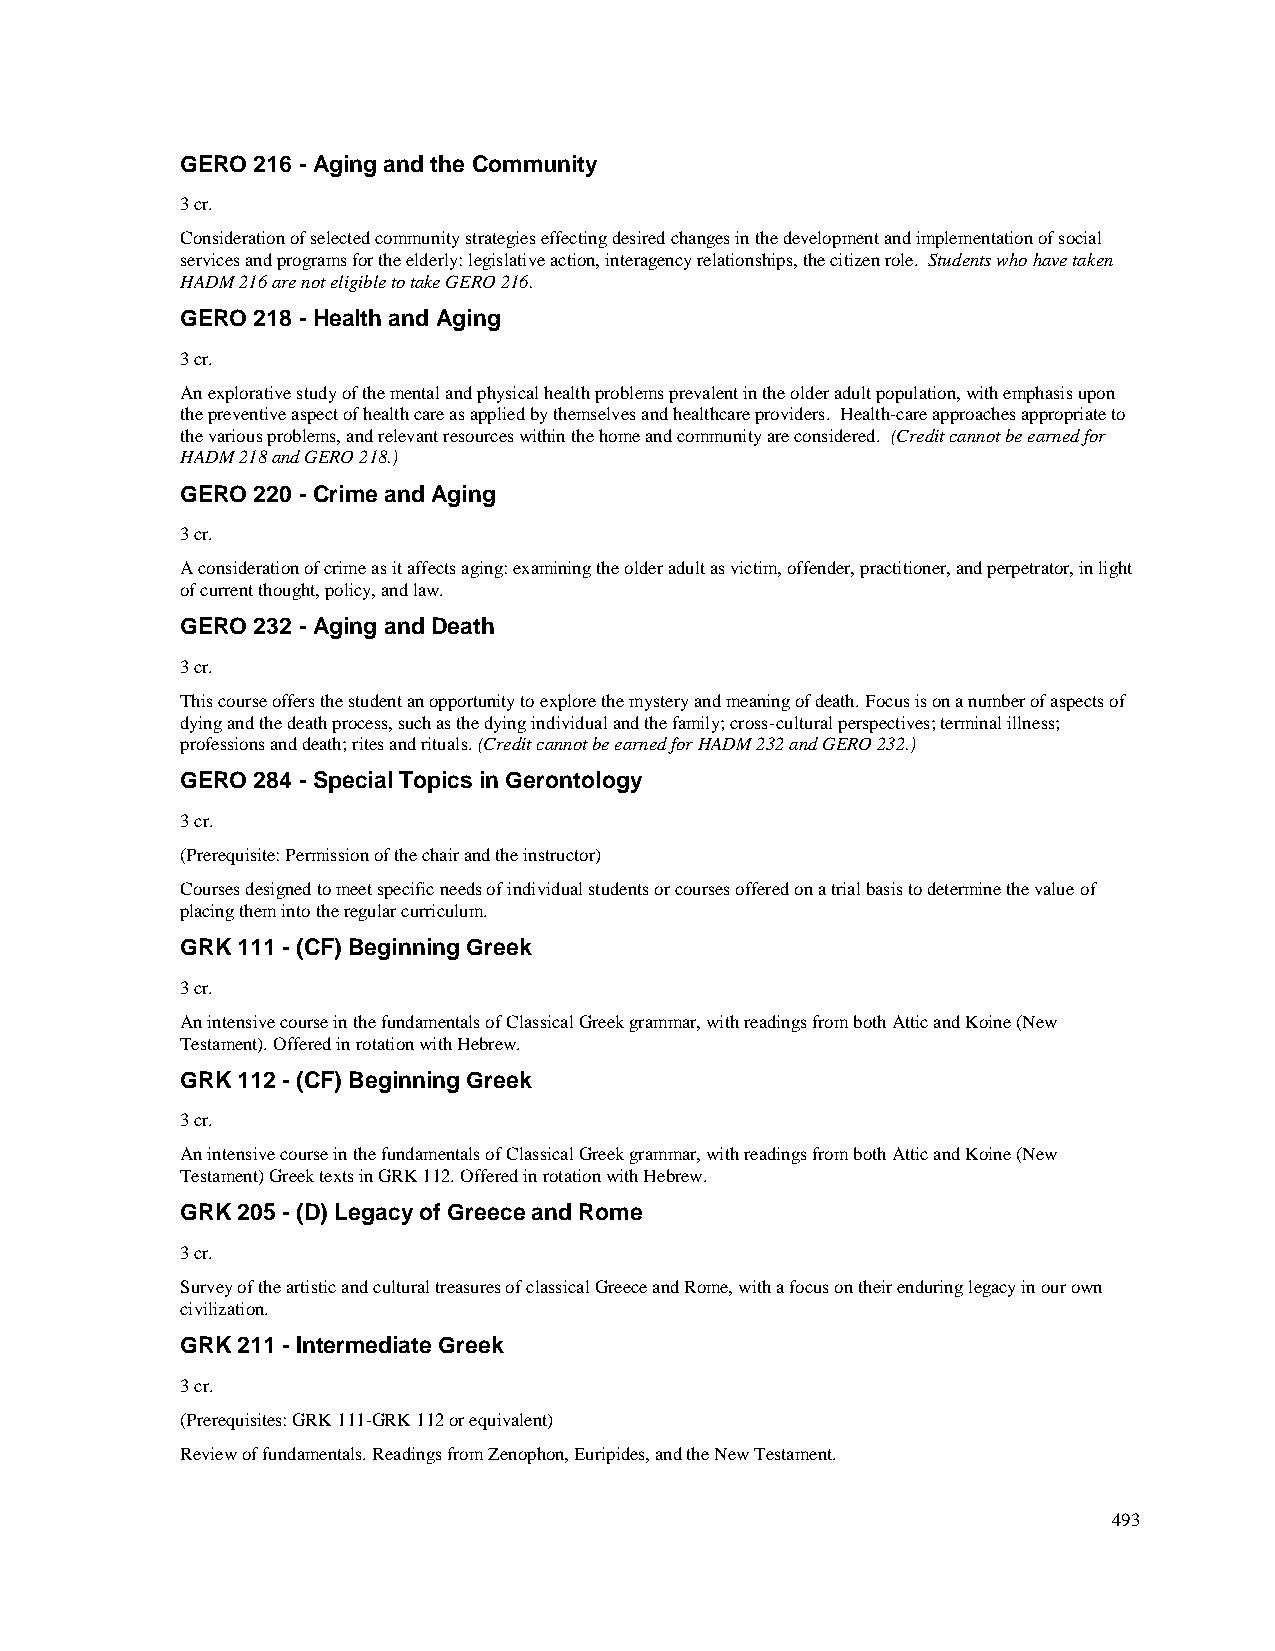
GERO 216 - Aging and the Community
 3 cr.
 Consideration of selected community strategies effecting desired changes in the development and implementation of social
 services and programs for the elderly: legislative action, interagency relationships, the citizen role. Students who have taken
 HADM 216 are not eligible to take GERO 216.
 GERO 218 - Health and Aging
 3 cr.
 An explorative study of the mental and physical health problems prevalent in the older adult population, with emphasis upon
 the preventive aspect of health care as applied by themselves and healthcare providers. Health-care approaches appropriate to
 the various problems, and relevant resources within the home and community are considered. (Credit cannot be earned for
 HADM 218 and GERO 218.)
 GERO 220 - Crime and Aging
 3 cr.
 A consideration of crime as it affects aging: examining the older adult as victim, offender, practitioner, and perpetrator, in light
 of current thought, policy, and law.
 GERO 232 - Aging and Death
 3 cr.
 This course offers the student an opportunity to explore the mystery and meaning of death. Focus is on a number of aspects of
 dying and the death process, such as the dying individual and the family; cross-cultural perspectives; terminal illness;
 professions and death; rites and rituals. (Credit cannot be earned for HADM 232 and GERO 232.)
 GERO 284 - Special Topics in Gerontology
 3 cr.
 (Prerequisite: Permission of the chair and the instructor)
 Courses designed to meet specific needs of individual students or courses offered on a trial basis to determine the value of
 placing them into the regular curriculum.
 GRK 111 - (CF) Beginning Greek
 3 cr.
 An intensive course in the fundamentals of Classical Greek grammar, with readings from both Attic and Koine (New
 Testament). Offered in rotation with Hebrew.
 GRK 112 - (CF) Beginning Greek
 3 cr.
 An intensive course in the fundamentals of Classical Greek grammar, with readings from both Attic and Koine (New
 Testament) Greek texts in GRK 112. Offered in rotation with Hebrew.
 GRK 205 - (D) Legacy of Greece and Rome
 3 cr.
 Survey of the artistic and cultural treasures of classical Greece and Rome, with a focus on their enduring legacy in our own
 civilization.
 GRK 211 - Intermediate Greek
 3 cr.
 (Prerequisites: GRK 111-GRK 112 or equivalent)
 Review of fundamentals. Readings from Zenophon, Euripides, and the New Testament.
 493